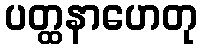
ပတ္ထနာဟေတု